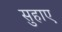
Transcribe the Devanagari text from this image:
सुहाए